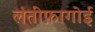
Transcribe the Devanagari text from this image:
लतीफ़ागोई